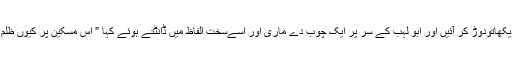
حضرت ام الفضل نے یہ منظر دیکھاتودوڑ کر آئیں اور ابو لہب کے سر پر ایک چوب دے ماری اور اسےسخت الفاظ میں ڈانٹتے ہوئے کہا ” اس مسکین پر کیوں ظلم ڈھاتےہو،اس کا کیا قصور ہے ۔